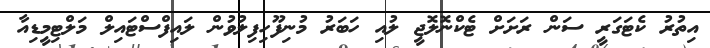
އިތުރު ކެޓަގަރީ ސަން ރަށަށް ޓެކްނޮލޮޖީ ލުއި ހަބަރު މުނިފޫހިފިލުވުން ލައިފްސްޓައިލް މަލްޓިމީޑިއާ